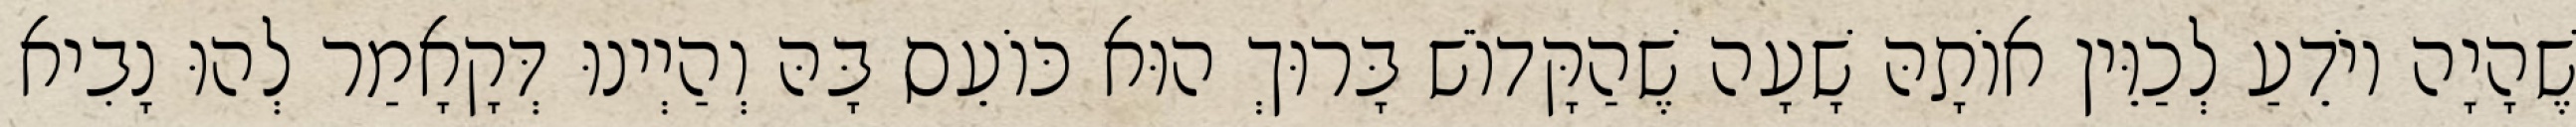
שֶׁהָיָה יוֹדֵעַ לְכַוֵּין אוֹתָהּ שָׁעָה שֶׁהַקָּדוֹשׁ בָּרוּךְ הוּא כּוֹעֵס בָּהּ וְהַיְינוּ דְּקָאָמַר לְהוּ נָבִיא